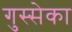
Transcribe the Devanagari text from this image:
गुस्सेका